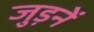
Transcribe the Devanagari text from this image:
जुड़नें